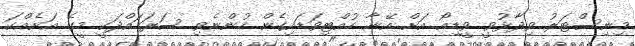
މިނިސްޓަރު ވިދާޅުވީ ވީޑިއޯ އަށް އޭނާ ހުއްޓިވަޑައިގެން ހުންނެވި ސަރަހައްދަކީ މީގެ އަށެއްކަ